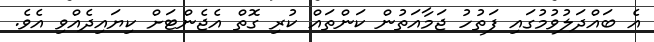
އެ ބައްދަލުވުމުގައި ފަތުހު ޖަމާއަތުން ކަންތައް ކުރި ގޮތް އެޖެންޓަށް ކިޔައިދެއްވި އެވެ.